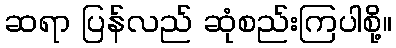
ဆရာ ပြန်လည် ဆုံစည်းကြပါစို့။